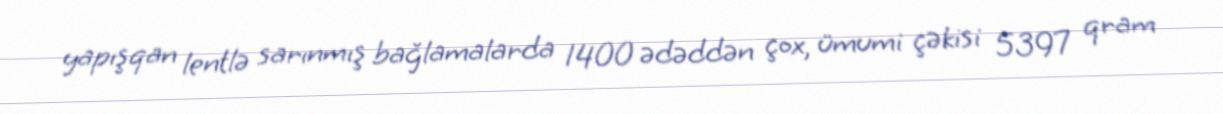
yapışqan lentlə sarınmış bağlamalarda 1400 ədəddən çox, ümumi çəkisi 5397 qram